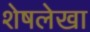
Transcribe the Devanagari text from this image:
शेषलेखा